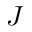
J